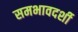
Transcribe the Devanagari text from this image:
समभावदर्शी